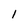
Character: l